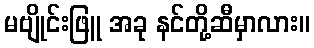
မဗျိုင်းဖြူ အခု နင်တို့ဆီမှာလား။